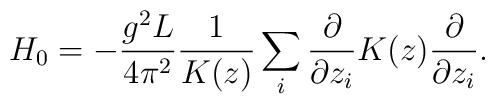
H_0=-\frac{g^2L}{4\pi^2}\frac{1}{K(z)}\sum_i\frac{\partial}{\partial z_i}K(z)\frac{\partial}{\partial z_i}.